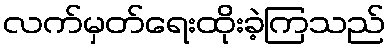
လက်မှတ်ရေးထိုးခဲ့ကြသည်